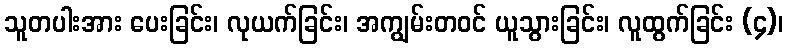
သူတပါးအား ပေးခြင်း၊ လုယက်ခြင်း၊ အကျွမ်းတဝင် ယူသွားခြင်း၊ လူထွက်ခြင်း (၄)၊